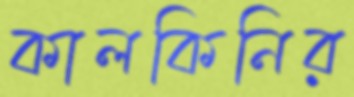
কালকিনির